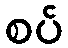
စပ်